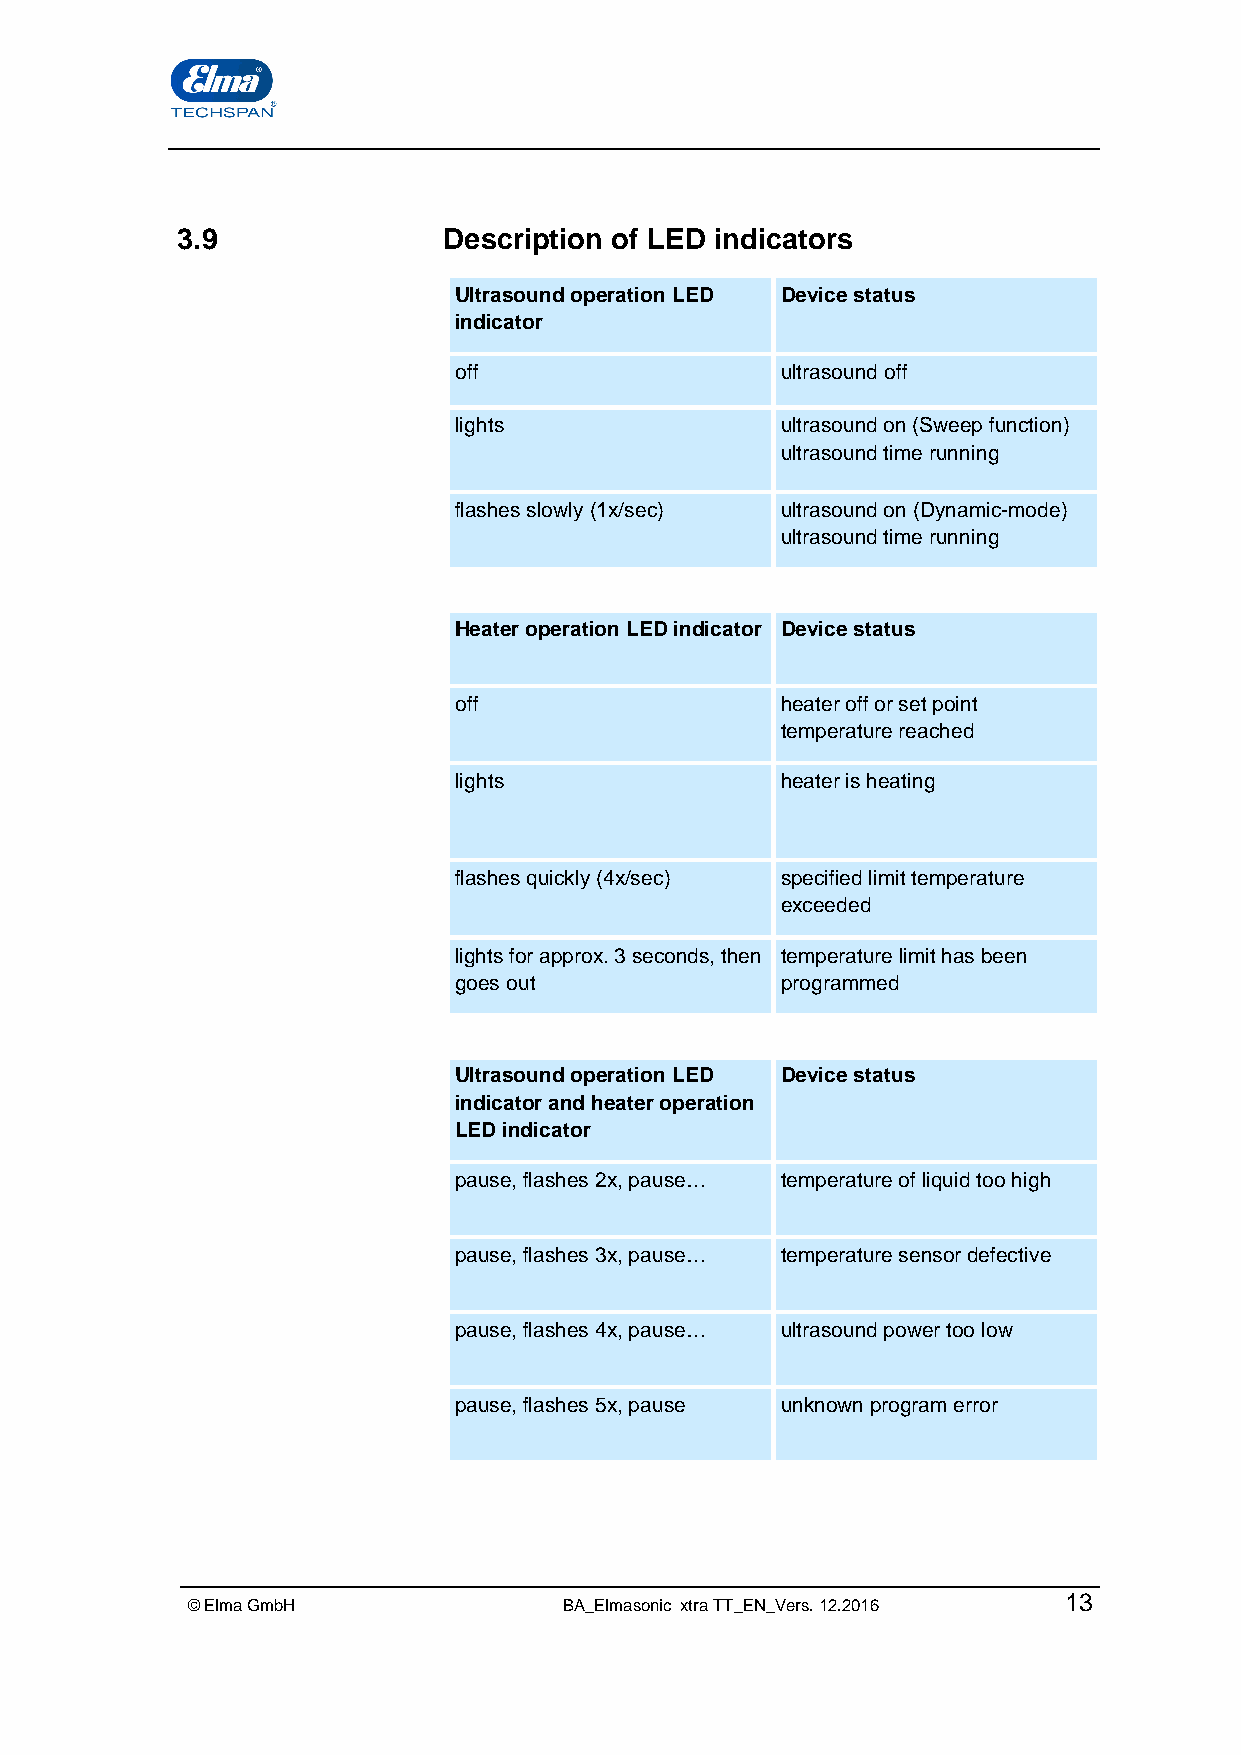
3.9              Description of LED indicators
 Ultrasound operation LED Device status
 indicator
 off                   ultrasound off
 lights                ultrasound on (Sweep function)
 ultrasound time running
 flashes slowly (1x/sec) ultrasound on (Dynamic-mode)
 ultrasound time running
 Heater operation LED indicator Device status
 off                   heater off or set point
 temperature reached
 lights                heater is heating
 flashes quickly (4x/sec) specified limit temperature
 exceeded
 lights for approx. 3 seconds, then temperature limit has been
 goes out              programmed
 Ultrasound operation LED Device status
 indicator and heater operation
 LED indicator
 pause, flashes 2x, pause… temperature of liquid too high
 pause, flashes 3x, pause… temperature sensor defective
 pause, flashes 4x, pause… ultrasound power too low
 pause, flashes 5x, pause unknown program error
 © Elma GmbH              BA_Elmasonic xtra TT_EN_Vers. 12.2016 13